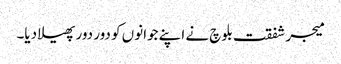
میجر شفقت بلوچ نے اپنے جوانوں کو دور دور پھیلا دیا۔